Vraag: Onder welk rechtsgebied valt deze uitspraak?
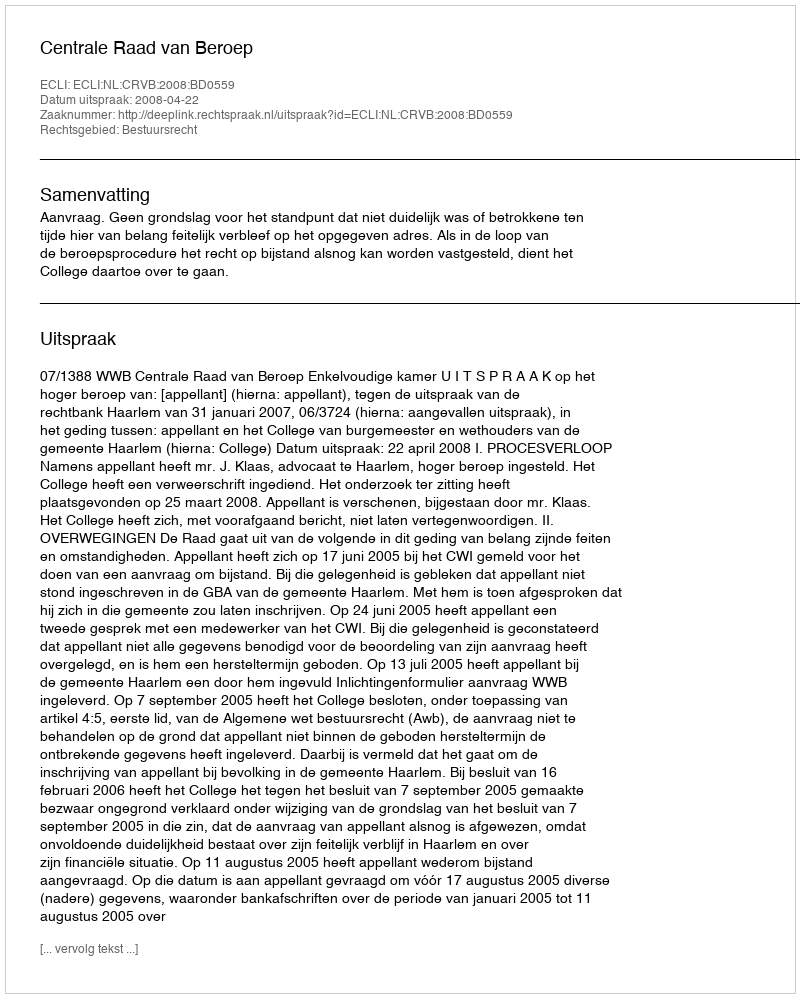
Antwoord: Bestuursrecht